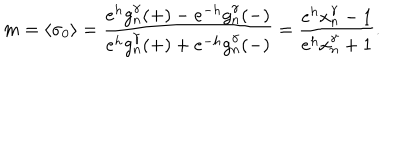
m = \langle \sigma _ { 0 } \rangle = \frac { e ^ { h } g _ { n } ^ { \gamma } ( + ) - e ^ { - h } g _ { n } ^ { \gamma } ( - ) } { e ^ { h } g _ { n } ^ { \gamma } ( + ) + e ^ { - h } g _ { n } ^ { \gamma } ( - ) } = \frac { e ^ { h } x _ { n } ^ { \gamma } - 1 } { e ^ { h } x _ { n } ^ { \gamma } + 1 } .